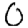
Digit: 0